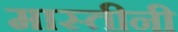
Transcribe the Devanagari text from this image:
मास्तीनी